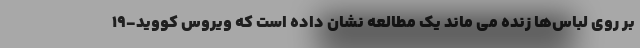
بر روی لباس‌ها زنده می ماند یک مطالعه نشان داده است که ویروس کووید-۱۹